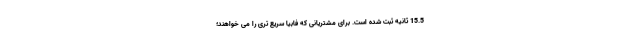
15.5 ثانیه ثبت شده است. برای مشتریانی که فابیا سریع تری را می خواهند؛